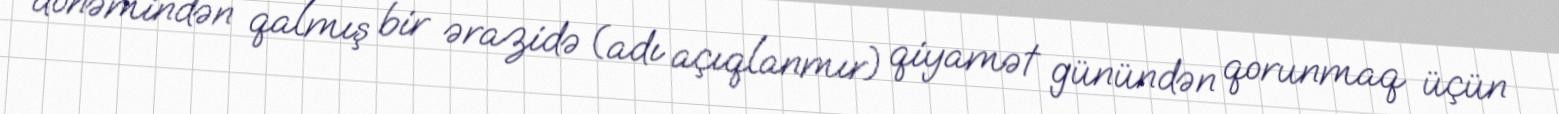
dönəmindən qalmış bir ərazidə (adı açıqlanmır) qiyamət günündən qorunmaq üçün